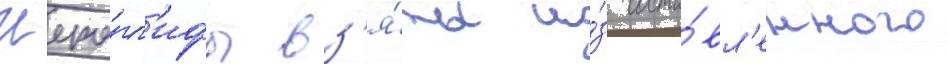
Иеро́гл'ифы вз'я́ты и́з соста́вл'енного